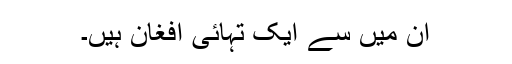
اُن میں سے ایک تہائی افغان ہیں۔